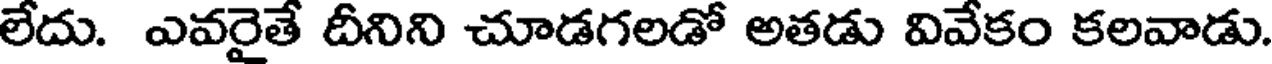
లేదు. ఎవరైతే దీనిని చూడగలడో అతడు వివేకం కలవాడు.